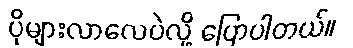
ပိုများလာလေပဲလို့ ပြောပါတယ်။